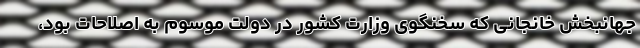
جهانبخش خانجانی که سخنگوی وزارت کشور در دولت موسوم به اصلاحات بود،